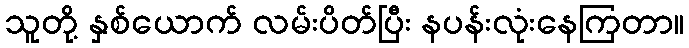
သူတို့ နှစ်ယောက် လမ်းပိတ်ပြီး နပန်းလုံးနေကြတာ။